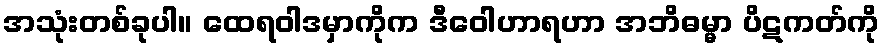
အသုံးတစ်ခုပါ။ ထေရဝါဒမှာကိုက ဒီဝေါဟာရဟာ အဘိဓမ္မာ ပိဋကတ်ကို